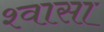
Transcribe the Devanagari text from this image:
श्वासा